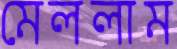
মেললাম